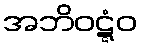
အဘိဝဋ္ဋံဝ